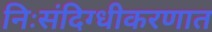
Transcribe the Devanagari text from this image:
निःसंदिग्धीकरणात